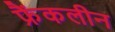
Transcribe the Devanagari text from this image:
फ्रैंकलीन